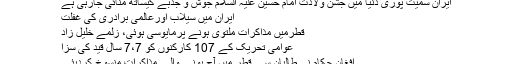
ایران سمیت پوری دنیا میں جشن ولادت امام حسین علیہ السلام جوش و جذبے کیساتھ منائی جارہی ہے
ایران میں سیلاب اورعالمی برادری کی غفلت
قطرمیں مذاکرات ملتوی ہونے پرمایوسی ہوئی، زلمے خلیل زاد
عوامی تحریک کے 107 کارکنوں کو 7،7 سال قید کی سزا
افغان حکام نےطالبان سے قطر میں آج ہونے والے مذاکرات منسوخ کردیئے